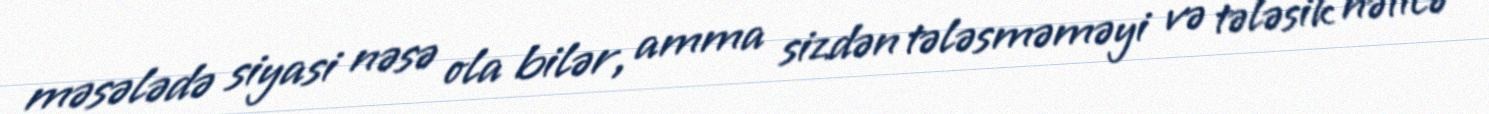
məsələdə siyasi nəsə ola bilər, amma sizdən tələsməməyi və tələsik nəticə